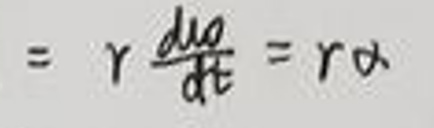
\(= r \frac { d w } { d t } = r \omega\)